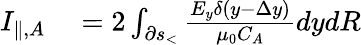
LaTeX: \begin{array}{rl}{I_{\| ,A}}&{{}=2\int_{\partial s_{<}}\frac{E_{y}\delta(y-\Delta y)}{\mu_{0}C_{A}}dydR}\end{array}